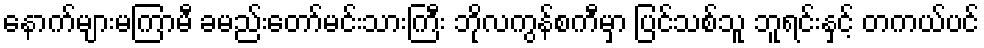
နောက်များမကြာမီ ခမည်းတော်မင်းသားကြီး ဘိုလကွန်စကီမှာ ပြင်သစ်သူ ဘူရင်းနှင့် တကယ်ပင်